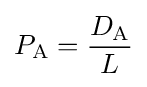
P_{\mathrm {A} }={\frac {D_{\mathrm {A} }}{L}}